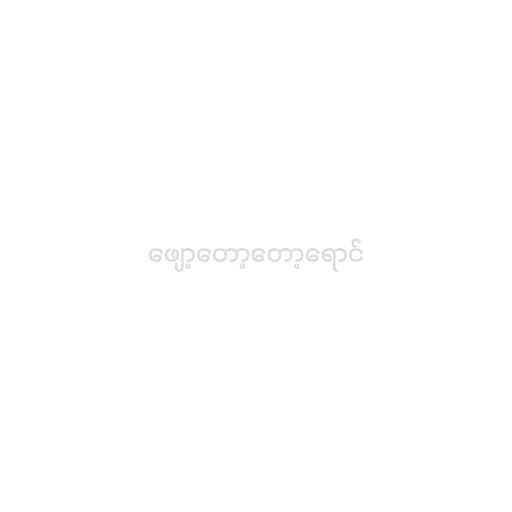
ဖျော့တော့တော့ရောင်